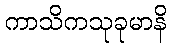
ကာသိကသုခုမာနိ